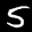
Label: 5